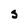
Character: S